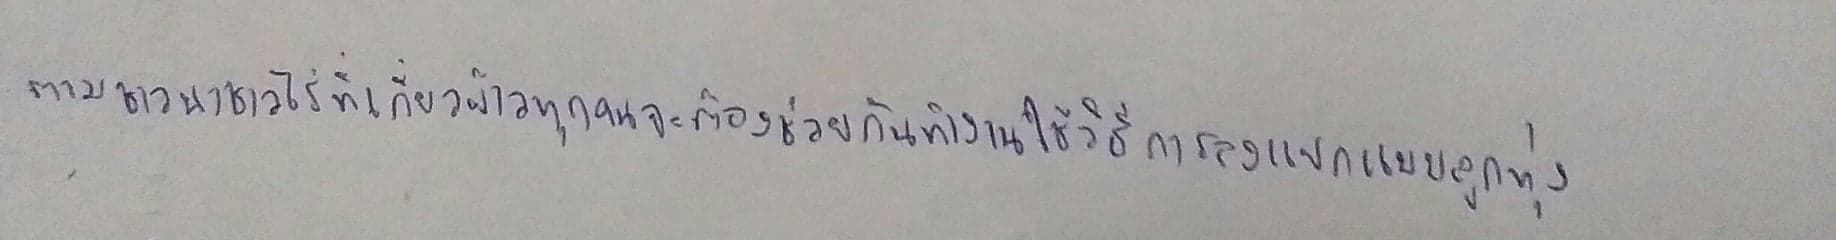
ตามชาวไร่ชาวนาที่เกี่ยวข้าวทุกคนจะต้องช่วยกันทำงานใช้วิธีการลงแขกแบบลูกทุ่ง